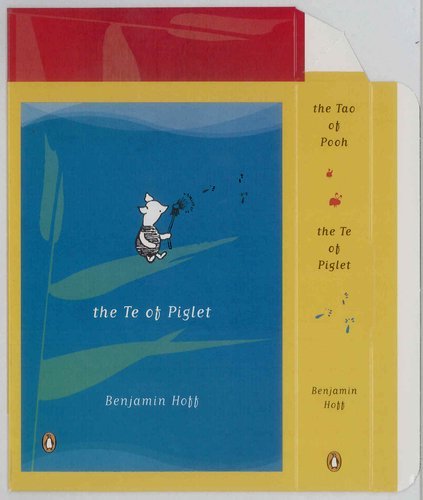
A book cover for Tao of Pooh and Te of Piglet Boxed Set; Benjamin Hoff; Humor & Entertainment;